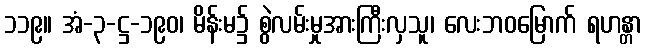
၁၁၉။ အံ-၃-ဋ္ဌ-၁၉၀၊ မိန်းမ၌ စွဲလမ်းမှုအားကြီးလှသူ၊ လေးဘဝမြောက် ရဟန္တာ